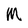
Character: M